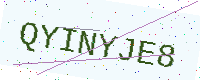
Text: QYINYJE8